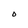
Character: O